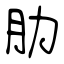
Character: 肋